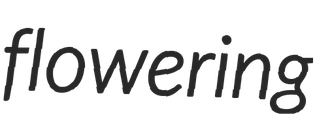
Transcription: flowering